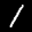
Label: 1